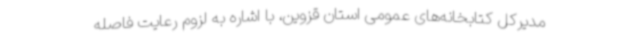
مدیرکل کتابخانه‌های عمومی استان قزوین، با اشاره به لزوم رعایت فاصله